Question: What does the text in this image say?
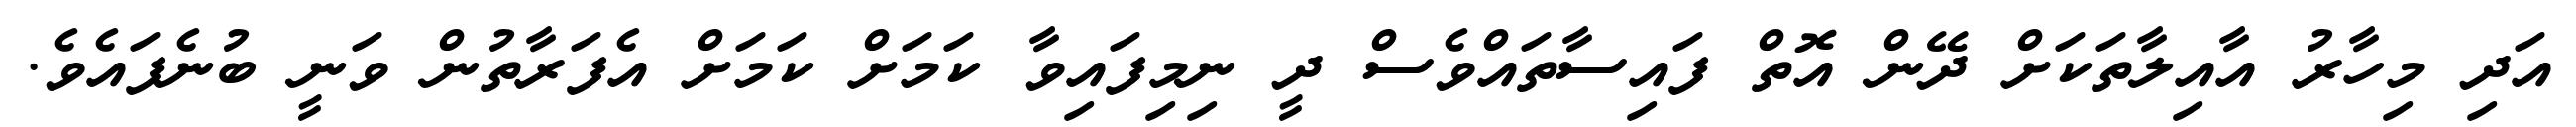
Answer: އަދި މިހާރު އާއިލާތަކަށް ދޭން އޮތް ފައިސާތައްވެސް ދީ ނިމިފައިވާ ކަމަށް ކަމަށް އެފަރާތުން ވަނީ ބުނެފައެވެ.